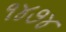
૧૪૭૪